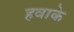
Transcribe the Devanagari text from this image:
हवाके